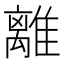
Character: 離